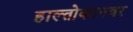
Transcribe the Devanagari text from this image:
हाल्तोकानवर